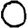
Digit: 0